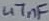
Text: 47nF